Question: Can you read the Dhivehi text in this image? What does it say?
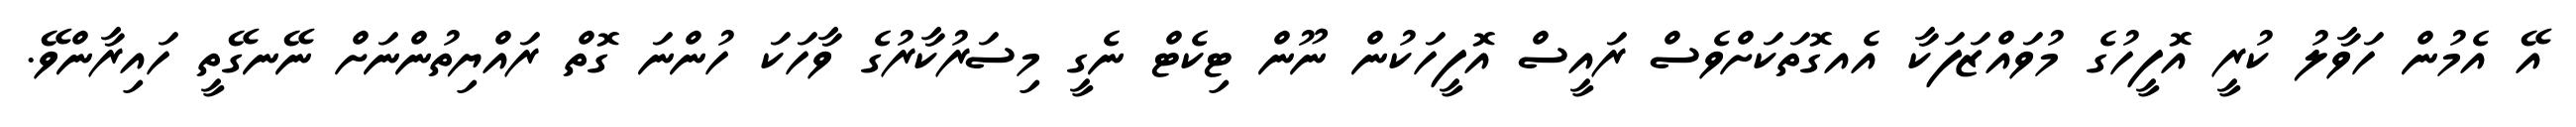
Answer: އޭ އެމުން ހަވާލު ކުރީ އޮފީހުގެ މުވައްޒަފަކާ އެއގޮތަކަށްވެސް ރައީސް އޮފީހަކުން ނޫން ޓިކެޓް ނެގީ މިސަރުކާރުގެ ވާހަކަ ހުންނަ ގޮތް ރައްޔިތުންނަށް ނޭނގޭތީ ހައިރާންވޭ.